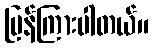
ပြန်ကြားပါတယ်။